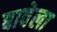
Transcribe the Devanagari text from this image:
बावेला